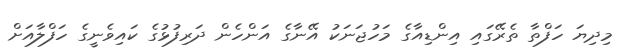
މިދިޔަ ހަފްތާ ތެރޭގައި އިންޑިއާގެ މަހުޖަނަކު އޭނާގެ އަންހެން ދަރިފުޅުގެ ކައިވެނީގެ ހަފްލާއަށް